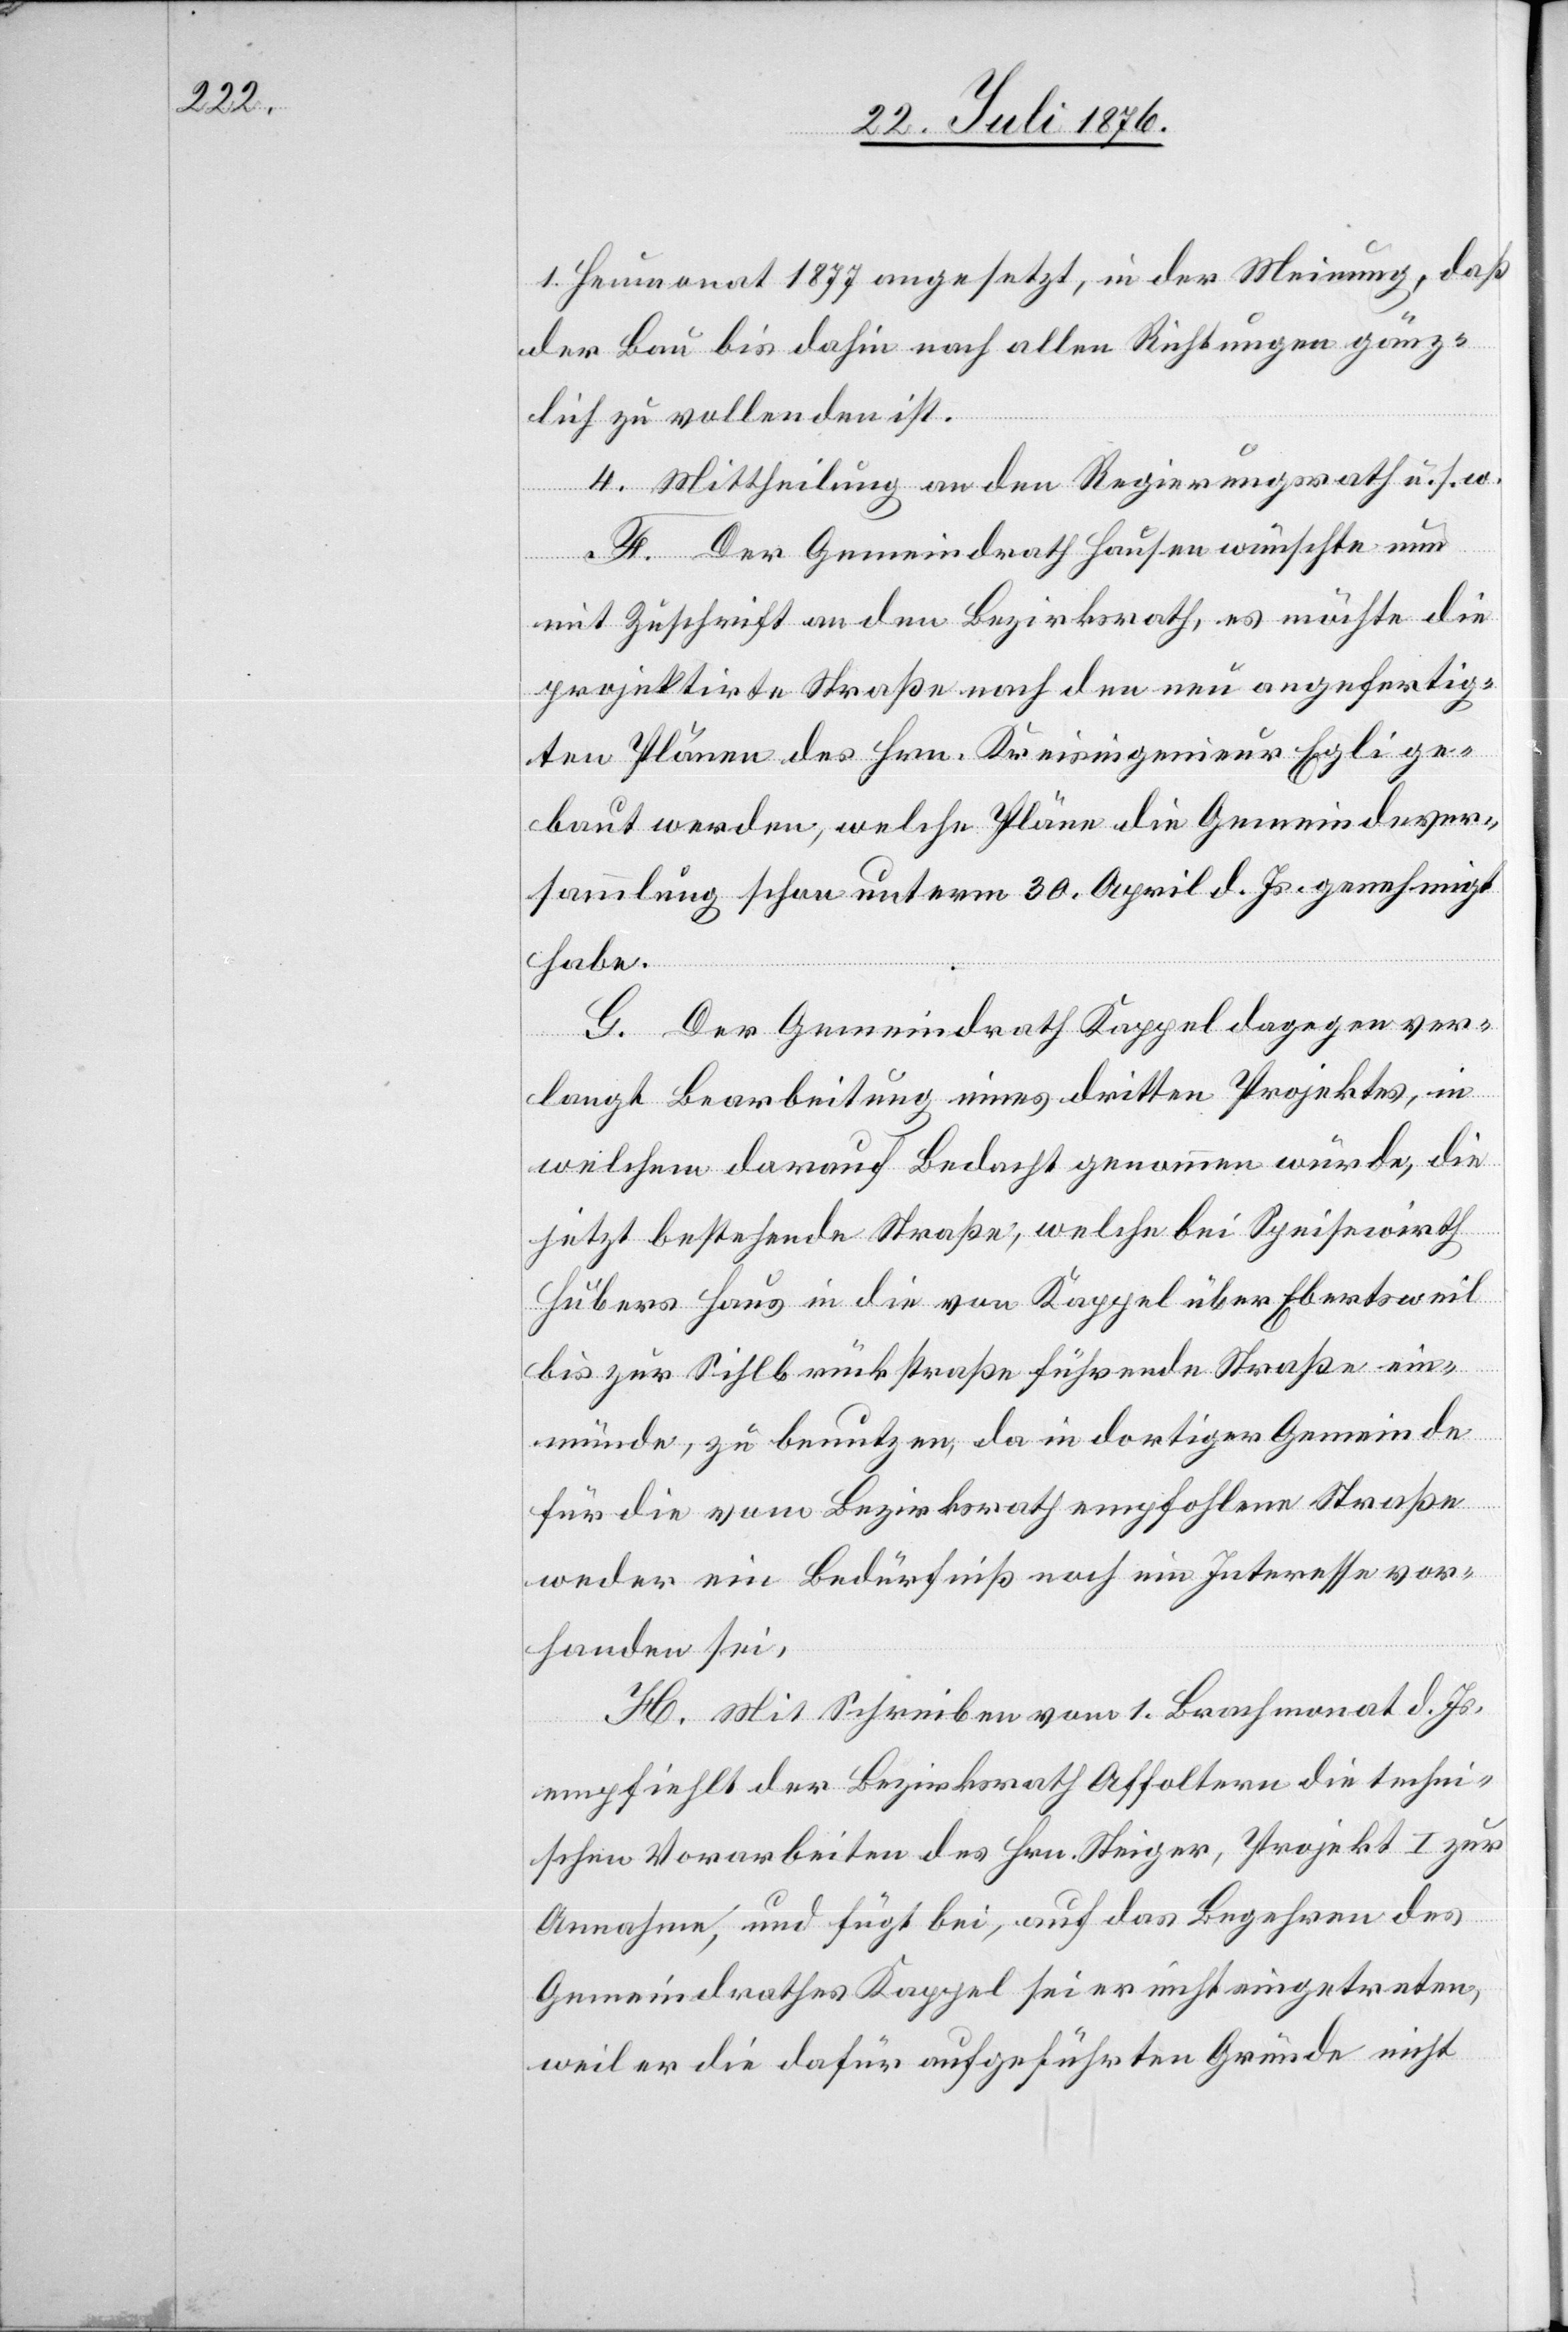
1. Heumonat 1877 angesetzt, in der Meinung, daß
der Bau bis dahin nach allen Richtungen gänz¬
lich zu vollenden ist.
4. Mittheilung an den Regierungsrath u. s. f.
F. Der Gemeindrath Hausen wünschte nun
mit Zuschrift an den Bezirksrath, es möchte die
projektirte Straße nach den neu angefertig¬
ten Plänen des Hrn. Kreisingenieur Egli ge¬
baut werden, welche Pläne die Gemeindever¬
sammlung schon unterm 30. April d. Js. genehmigt
habe.
G. Der Gemeindrath Kappel dagegen ver¬
langt Bearbeitung eines dritten Projektes, in
welchem darauf Bedacht genommen würde, die
jetzt bestehende Straße, welche bei Speisewirth
Hubers Haus in die von Kappel über Ebertsweil
bis zur Sihlbrückstraße führende Straße ein¬
münde, zu benutzen, da in dortiger Gemeinde
für die vom Bezirksrath empfohlene Straße
weder ein Bedürfniß noch ein Interesse vor¬
handen sei.
H. Mit Schreiben vom 1. Brachmonat d. Js.
empfiehlt der Bezirksrath Affoltern die techni¬
schen Vorarbeiten des Hrn. Steiger, Projekt I zur
Annahme, und fügt bei, auf das Begehren des
Gemeindrathes Kappel sei er nicht eingetreten,
weil er die dafür angeführten Gründe nicht